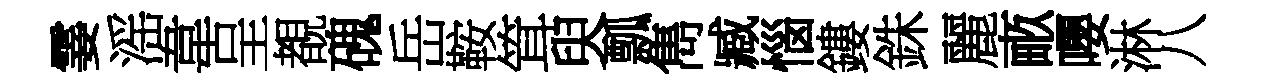
霎滛韋呈覩磈岳鞍䇯臾瓢雋臧惱鏤銖麗畞嚶淋八